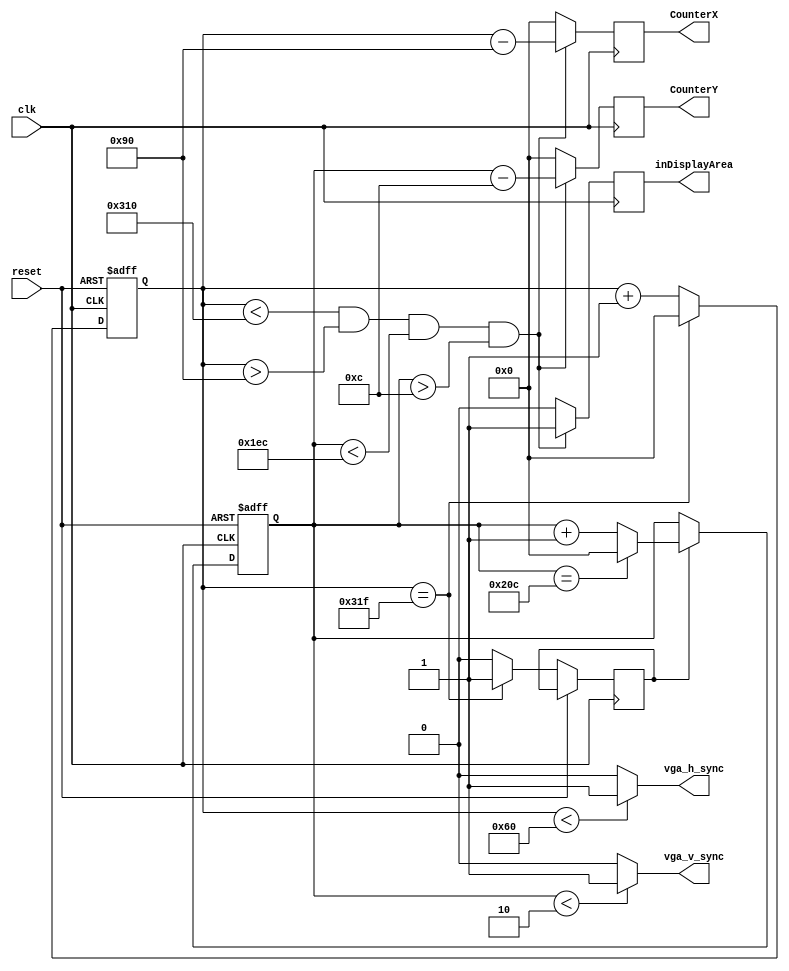
module hvsync_generator_1(
input wire clk,
input wire reset,
output reg vga_h_sync,
output reg vga_v_sync,
output reg [10:0] CounterX,
output reg [10:0] CounterY,
output reg inDisplayArea
    );
parameter TotalHorizontalPixels = 11'd800;
parameter HorizontalSyncWidth = 11'd96;
parameter VerticalSyncWidth = 11'd2;
parameter TotalVerticalLines = 11'd525;
parameter HorizontalBackPorchTime = 11'd144 ;
parameter HorizontalFrontPorchTime = 11'd784 ;
parameter VerticalBackPorchTime = 11'd12 ;
parameter VerticalFrontPorchTime = 11'd492;
reg VerticalSyncEnable;
reg [10:0] HorizontalCounter;
reg [10:0] VerticalCounter;
always @(posedge clk or posedge reset)
begin
	if(reset == 1)
		HorizontalCounter <= 0;
	else
		begin
			if(HorizontalCounter == TotalHorizontalPixels - 1)
				begin 
					HorizontalCounter<=0;
					VerticalSyncEnable <= 1;
				end
			else
				begin 
					HorizontalCounter<=HorizontalCounter+1; 
					VerticalSyncEnable <=0;
				end
		end
end
always @(*)
begin
	if((HorizontalCounter<HorizontalSyncWidth))
		vga_h_sync = 1;
	else
		vga_h_sync = 0;
end
always @(posedge clk or posedge reset)
begin
	if(reset == 1)
		VerticalCounter<=0;
	else
	begin
		if(VerticalSyncEnable == 1)
			begin
				if(VerticalCounter==TotalVerticalLines-1)
					VerticalCounter<=0;
				else
					VerticalCounter<=VerticalCounter+1;
			end
	end
end
always @(*)
begin
	if(VerticalCounter < VerticalSyncWidth)
		vga_v_sync = 1;
	else
		vga_v_sync = 0;
end
always @(posedge clk)
begin
	if((HorizontalCounter<HorizontalFrontPorchTime) && (HorizontalCounter>HorizontalBackPorchTime) && (VerticalCounter<VerticalFrontPorchTime) && (VerticalCounter>VerticalBackPorchTime))
		begin
			inDisplayArea <= 1;
			CounterX<= HorizontalCounter - HorizontalBackPorchTime;
			CounterY<= VerticalCounter - VerticalBackPorchTime;
		end
	else
		begin
			inDisplayArea <= 0;
			CounterX<=0;
			CounterY<=0;
		end
end
endmodule